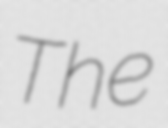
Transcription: The